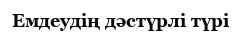
Емдеудің дәстүрлі түрі